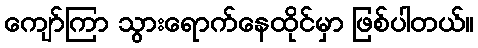
ကျော်ကြာ သွားရောက်နေထိုင်မှာ ဖြစ်ပါတယ်။